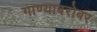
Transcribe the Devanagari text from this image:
गाण्याबरोबर